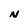
Character: N